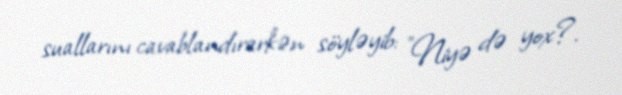
suallarını cavablandırarkən söyləyib: "Niyə də yox?.